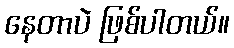
နေတာပဲ ဖြစ်ပါတယ်။